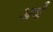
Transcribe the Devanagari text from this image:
अर्धं